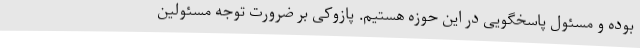
بوده و مسئول پاسخگویی در این حوزه هستیم. پازوکی بر ضرورت توجه مسئولین